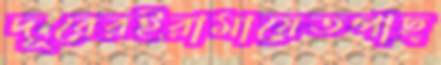
দূরেরইরামায়েতপাছ্‌